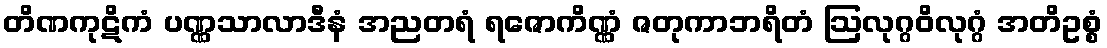
တိဏကုဋိကံ ပဏ္ဏသာလာဒီနံ အညတရံ ရဇောကိဏ္ဏံ ဇတုကာဘရိတံ ဩလုဂ္ဂဝိလုဂ္ဂံ အတိဥစ္စံ